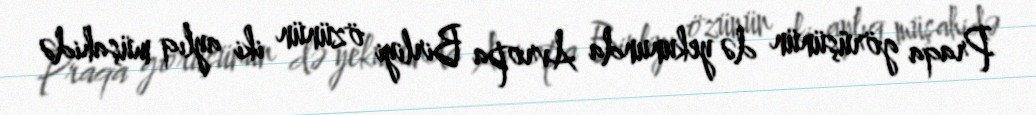
Praqa görüşünün də yekununda Avropa Birliyi özünün iki aylıq müşahidə